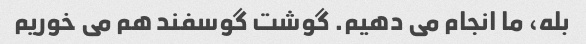
بله، ما انجام می دهیم. گوشت گوسفند هم می خوریم